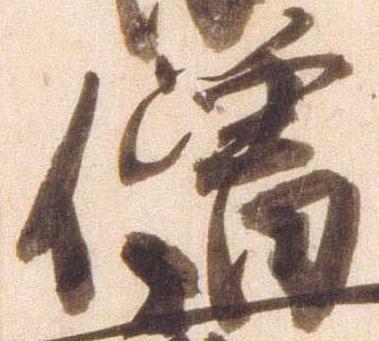
僧